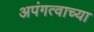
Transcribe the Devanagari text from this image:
अपंगत्वाच्या